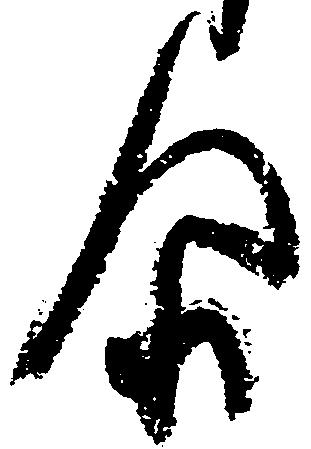
尓